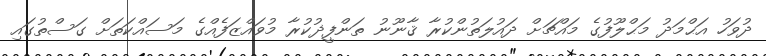
ދުވަހު އަޙްމަދު މަޙްލޫފުގެ މައްޗަށް ދައުލަތުންކުރާ ޤާނޫނު ތަންފީޛުކުރާ މުވައްޒަފެއްގެ މަސައްކަތަށް ގަސްތުގައި